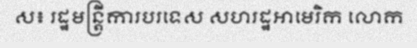
ស៖ រដ្ឋមន្ត្រីការបរទេស សហរដ្ឋអាមេរិក លោក